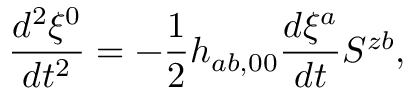
\frac { d ^ { 2 } \xi ^ { 0 } } { d t ^ { 2 } } = - \frac { 1 } { 2 } h _ { a b , 0 0 } \frac { d \xi ^ { a } } { d t } S ^ { z b } ,